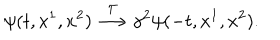
\psi ( t , x ^ { 1 } , x ^ { 2 } ) \stackrel { { \cal T } } { \longrightarrow } \gamma ^ { 2 } \psi ( - t , x ^ { 1 } , x ^ { 2 } ) .